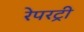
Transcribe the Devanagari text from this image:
रेपरट्री